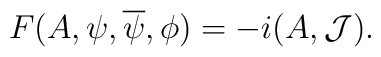
F(A,\psi,\overline\psi,\phi)=-i(A,{\cal J}).